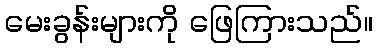
မေးခွန်းများကို ဖြေကြားသည်။